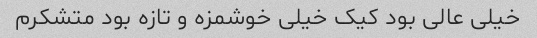
خیلی عالی بود کیک خیلی خوشمزه و تازه بود متشکرم